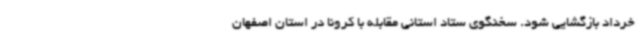
خرداد بازگشایی شود. سخنگوی ستاد استانی مقابله با کرونا در استان اصفهان